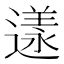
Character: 𨖌